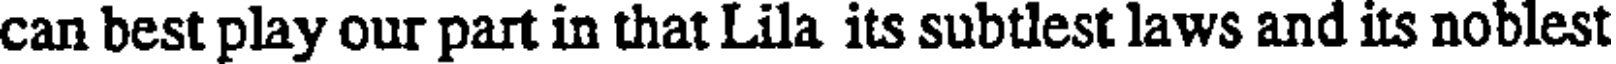
can best play our part in that Lila its subtlest laws and its noblest